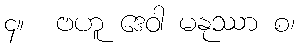
၄။  ဗဟူ ဒေဝါ မနုဿာ စ၊